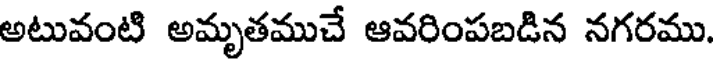
అటువంటి అమృతముచే ఆవరింపబడిన నగరము.